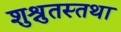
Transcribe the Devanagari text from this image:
शुश्रुतस्तथा